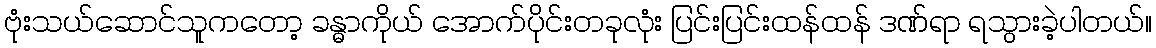
ဗုံးသယ်ဆောင်သူကတော့ ခန္ဓာကိုယ် အောက်ပိုင်းတခုလုံး ပြင်းပြင်းထန်ထန် ဒဏ်ရာ ရသွားခဲ့ပါတယ်။